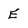
Character: E